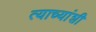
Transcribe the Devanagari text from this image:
त्याच्यांशी